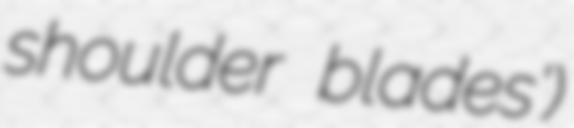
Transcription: shoulder blades')